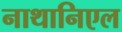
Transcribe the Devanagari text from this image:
नाथानिएल